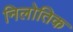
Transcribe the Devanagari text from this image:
निलोतिक